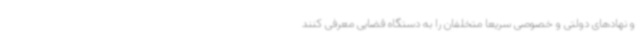
و نهادهای دولتی و خصوصی سریعاً متخلفان را به دستگاه قضایی معرفی کنند